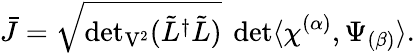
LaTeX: \bar{J}=\sqrt{{\operatorname*{det}}_{\mathrm{V^{2}}}(\tilde{L}^{\dagger}\tilde{L})}\ \operatorname*{det}\langle\chi^{(\alpha)},\Psi_{(\beta)}\rangle.